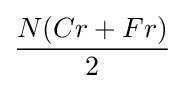
{\frac {N(Cr+Fr)}{2}}